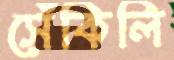
সেঁকিলি